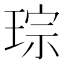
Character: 琮